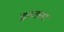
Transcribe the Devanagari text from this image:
द्रस्तव्य